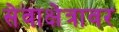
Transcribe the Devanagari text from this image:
सेवाक्षेत्रावर